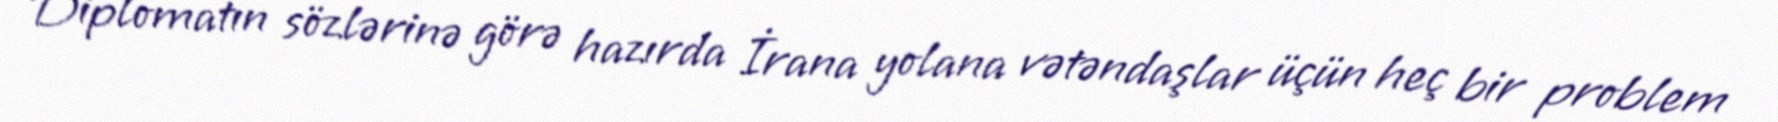
Diplomatın sözlərinə görə hazırda İrana yolana vətəndaşlar üçün heç bir problem